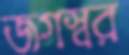
জগস্বর